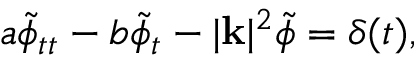
a \tilde { \phi } _ { t t } - b \tilde { \phi } _ { t } - | \mathbf { k } | ^ { 2 } \tilde { \phi } = \delta ( t ) ,